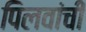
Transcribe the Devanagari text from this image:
पिलवांची